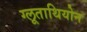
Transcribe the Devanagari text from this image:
ग्लूताथियोन